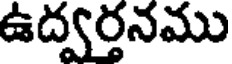
ఉద్వర్తనము